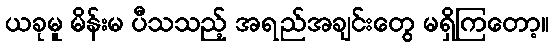
ယခုမူ မိန်းမ ပီသသည့် အရည်အချင်းတွေ မရှိကြတော့။